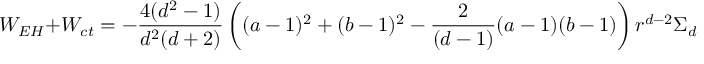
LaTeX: W _ { E H } + W _ { c t } = - { \frac { 4 ( d ^ { 2 } - 1 ) } { d ^ { 2 } ( d + 2 ) } } \left( ( a - 1 ) ^ { 2 } + ( b - 1 ) ^ { 2 } - { \frac { 2 } { ( d - 1 ) } } ( a - 1 ) ( b - 1 ) \right) r ^ { d - 2 } \Sigma _ { d - 1 } ~ ~ .